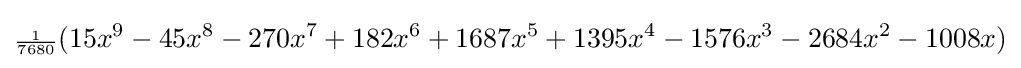
{\scriptstyle {\frac {1}{7680}}}(15x^{9}-45x^{8}-270x^{7}+182x^{6}+1687x^{5}+1395x^{4}-1576x^{3}-2684x^{2}-1008x)